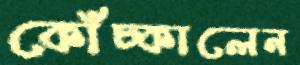
কোঁচ্‌কালেন